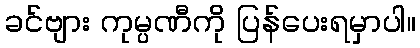
ခင်ဗျား ကုမ္ပဏီကို ပြန်ပေးရမှာပါ။